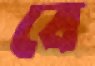
বে